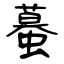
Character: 蟇